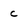
Character: c